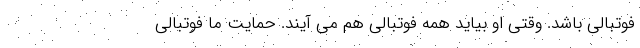
فوتبالی باشد. وقتی او بیاید همه فوتبالی هم می آیند. حمایت ما فوتبالی